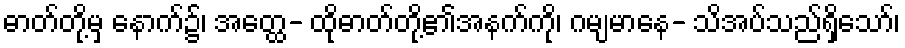
ဓာတ်တို့မှ နောက်၌၊ အတ္ထေ- ထိုဓာတ်တို့၏အနက်ကို၊ ဂမျမာနေ- သိအပ်သည်ရှိသော်၊